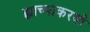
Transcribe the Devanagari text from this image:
ह्याच्याकरवी